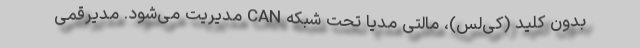
بدون کلید (کی‌لس)، مالتی مدیا تحت شبکه CAN مدیریت می‌شود. مدیرقمی